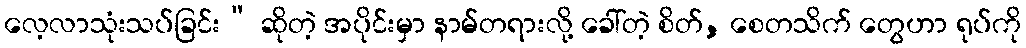
လေ့လာသုံးသပ်ခြင်း” ဆိုတဲ့ အပိုင်းမှာ နာမ်တရားလို့ ခေါ်တဲ့ စိတ်, စေတသိက် တွေဟာ ရုပ်ကို